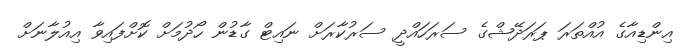
އިންޑިއާގެ އުއްތަރަ ޕަރަދޭޝްގެ ސަރަހައްދީ ސަރުކާރަށް ނައިޓް ގާޑުން ހޯދުމަށް ކޮށްފައިވާ އިއުލާނަށް